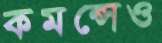
কমন্সেও